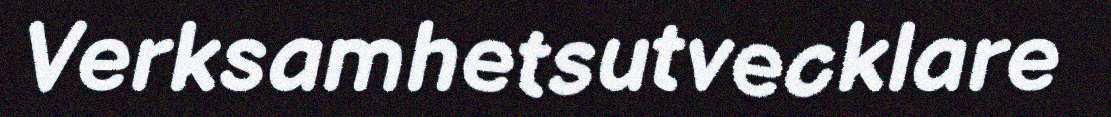
Verksamhetsutvecklare